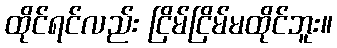
ထိုင်ရင်လည်း ငြိမ်ငြိမ်မထိုင်ဘူး။